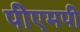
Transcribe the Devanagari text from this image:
पीएमपी